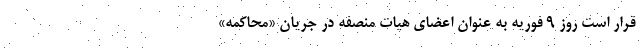
قرار است روز ۹ فوریه به عنوان اعضای هیات منصفه در جریان «محاکمه»